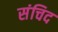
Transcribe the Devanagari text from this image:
संचिद